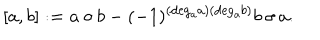
[ a , b ] : = a \circ b - ( - 1 ) ^ { ( \mathrm { d e g _ { a } } a ) ( \mathrm { d e g _ { a } } b ) } b \circ a .